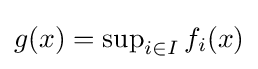
g(x)=\sup \nolimits _{i\in I}f_{i}(x)